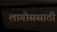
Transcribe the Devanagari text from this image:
लागोससाठी